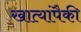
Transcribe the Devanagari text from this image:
खात्यांपैकी